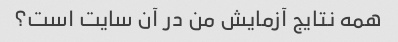
همه نتایج آزمایش من در آن سایت است؟